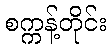
စက္ကန့်တိုင်း